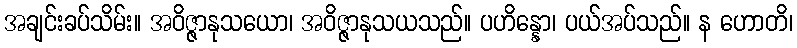
အချင်းခပ်သိမ်း။ အဝိဇ္ဇာနုသယော၊ အဝိဇ္ဇာနုသယသည်။ ပဟိန္နော၊ ပယ်အပ်သည်။ န ဟောတိ၊